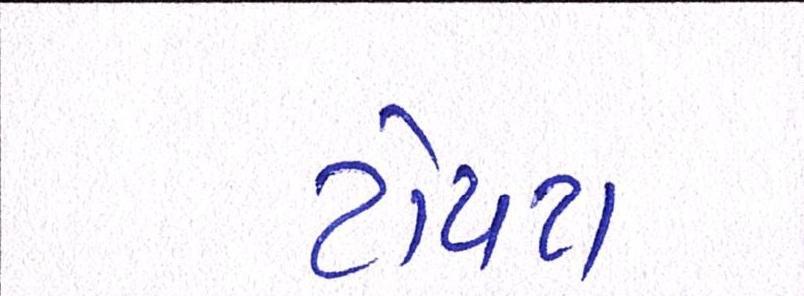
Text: ટોયટા